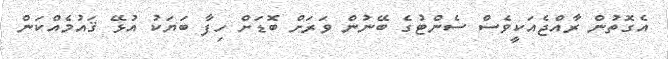
އެގޮތުން ރާއްޖެއަކީވެސް ސެންޓުގެ ބޭނުން ވަރަށް ބޮޑަށް ހިފާ ބަޔަކު އުޅޭ ޤައުމެއްކަން